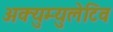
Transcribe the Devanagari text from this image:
अक्युम्युलेटिव